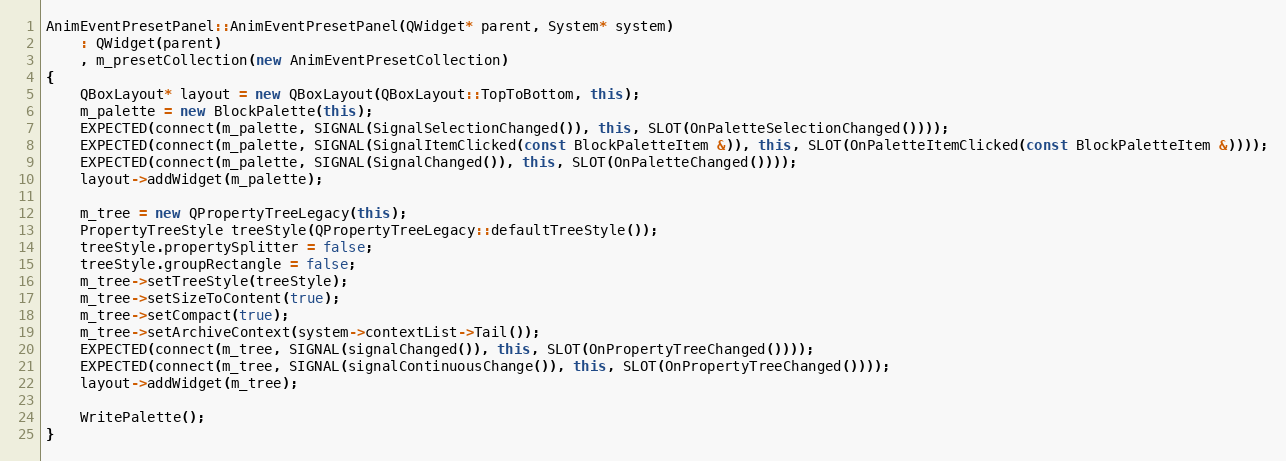
Language: C++
AnimEventPresetPanel::AnimEventPresetPanel(QWidget* parent, System* system)
	: QWidget(parent)
	, m_presetCollection(new AnimEventPresetCollection)
{
	QBoxLayout* layout = new QBoxLayout(QBoxLayout::TopToBottom, this);
	m_palette = new BlockPalette(this);
	EXPECTED(connect(m_palette, SIGNAL(SignalSelectionChanged()), this, SLOT(OnPaletteSelectionChanged())));
	EXPECTED(connect(m_palette, SIGNAL(SignalItemClicked(const BlockPaletteItem &)), this, SLOT(OnPaletteItemClicked(const BlockPaletteItem &))));
	EXPECTED(connect(m_palette, SIGNAL(SignalChanged()), this, SLOT(OnPaletteChanged())));
	layout->addWidget(m_palette);

	m_tree = new QPropertyTreeLegacy(this);
	PropertyTreeStyle treeStyle(QPropertyTreeLegacy::defaultTreeStyle());
	treeStyle.propertySplitter = false;
	treeStyle.groupRectangle = false;
	m_tree->setTreeStyle(treeStyle);
	m_tree->setSizeToContent(true);
	m_tree->setCompact(true);
	m_tree->setArchiveContext(system->contextList->Tail());
	EXPECTED(connect(m_tree, SIGNAL(signalChanged()), this, SLOT(OnPropertyTreeChanged())));
	EXPECTED(connect(m_tree, SIGNAL(signalContinuousChange()), this, SLOT(OnPropertyTreeChanged())));
	layout->addWidget(m_tree);

	WritePalette();
}